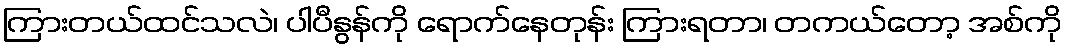
ကြားတယ်ထင်သလဲ၊ ပါပီနွန်ကို ရောက်နေတုန်း ကြားရတာ၊ တကယ်တော့ အစ်ကို